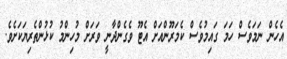
އެހެން ނަމަވެސް ހަމަ ގައިމުވެސް ކެމަރޫންއަށް އެޓޫ ވެގެންދާނީ ވަރަށް މުހިންމު ކުޅުންތެރިޔަކަށެވެ.